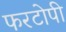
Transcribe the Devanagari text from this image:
फरटोपी